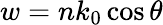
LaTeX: w=nk_{0}\cos\theta